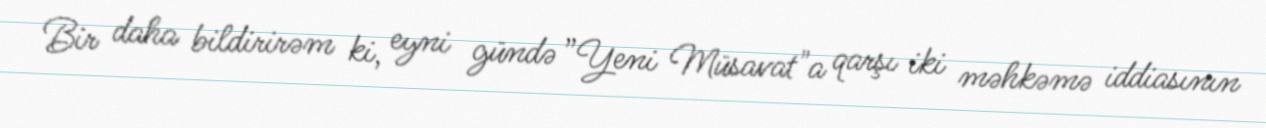
Bir daha bildirirəm ki, eyni gündə ”Yeni Müsavat"a qarşı iki məhkəmə iddiasının